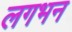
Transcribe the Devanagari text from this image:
लगभन